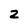
Character: 2